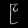
Digit: ၉